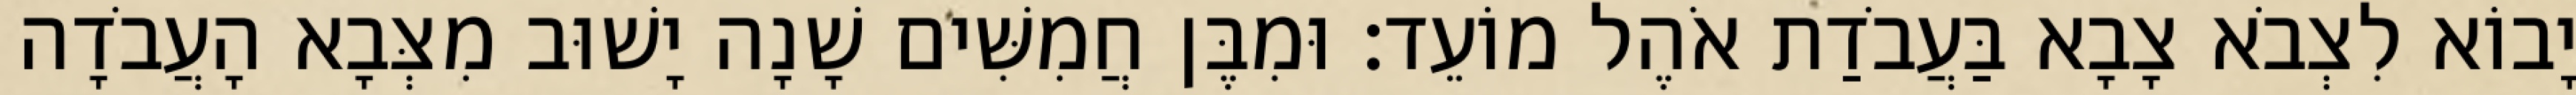
יָבוֹא לִצְבֹא צָבָא בַּעֲבֹדַת אֹהֶל מוֹעֵד׃ וּמִבֶּן חֲמִשִּׁים שָׁנָה יָשׁוּב מִצְּבָא הָעֲבֹדָה